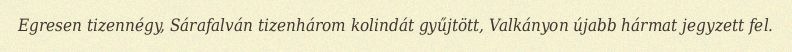
Egresen tizennégy, Sárafalván tizenhárom kolindát gyűjtött, Valkányon újabb hármat jegyzett fel.